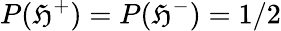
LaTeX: P({\mathfrak{H}^{+}})=P({\mathfrak{H}^{-}})=1/2